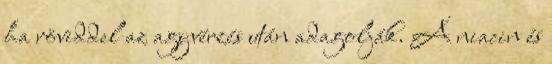
ha röviddel az agyvérzés után adagolják. A niacin és